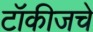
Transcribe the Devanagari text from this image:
टॉकीजचे